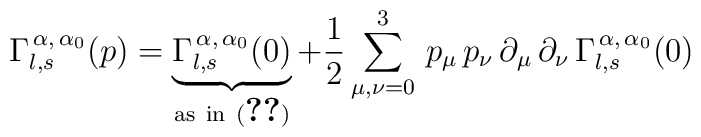
\Gamma_{l,s}^{\,\alpha,\,\alpha_{0}}(p)=\underbrace{\Gamma_{l,s}^{\,\alpha,\,\alpha_{0}}(0)}_{\rm{as\ in\ (\ref{gao}})}+\frac{1}{2}\sum_{\mu,\nu=0}^{3}\,p_{\mu}\,p_{\nu}\,\partial_{\mu}\,\partial_{\nu}\,\Gamma_{l,s}^{\,\alpha,\,\alpha_{0}}(0)